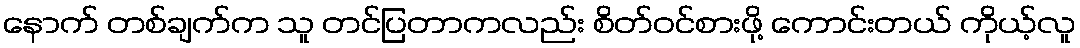
နောက် တစ်ချက်က သူ တင်ပြတာကလည်း စိတ်ဝင်စားဖို့ ကောင်းတယ် ကိုယ့်လူ